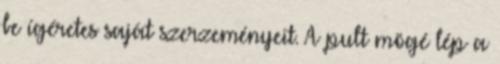
be ígéretes saját szerzeményeit. A pult mögé lép a